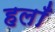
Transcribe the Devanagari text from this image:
हलाँ